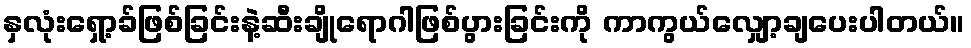
နှလုံးရှော့ခ်ဖြစ်ခြင်းနဲ့ဆီးချိုရောဂါဖြစ်ပွားခြင်းကို ကာကွယ်လျှော့ချပေးပါတယ်။